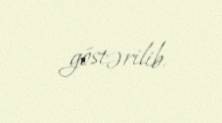
göstərilib.